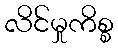
လိင်မှုကိစ္စ